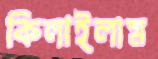
কিলাইলাম